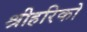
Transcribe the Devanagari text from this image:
श्रीहरिको